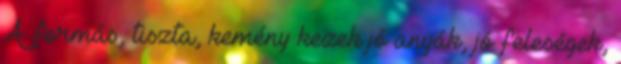
A formás, tiszta, kemény kezek jó anyák, jó feleségek,